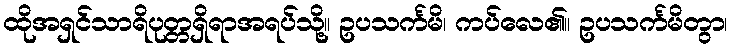
ထိုအရှင်သာရိပုတ္တရှိရာအရပ်သို့။ ဥပသင်္ကမိ၊ ကပ်လေ၏။ ဥပသင်္ကမိတွာ၊